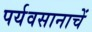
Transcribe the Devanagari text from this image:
पर्यवसानाचें